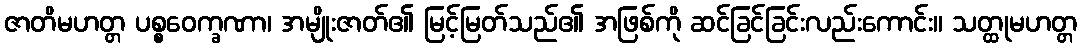
ဇာတိမဟတ္တ ပစ္စဝေက္ခဏာ၊ အမျိုးဇာတ်၏ မြင့်မြတ်သည်၏ အဖြစ်ကို ဆင်ခြင်ခြင်းလည်းကောင်း။ သတ္ထုမဟတ္တ